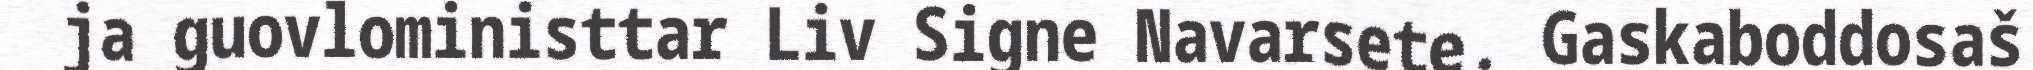
ja guovloministtar Liv Signe Navarsete. Gaskaboddosaš